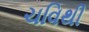
ચવિથી